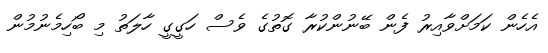
އެހެން ކަމަށްވާއިރު ފެން ބޭނުންކުރާ ގޮތުގެ ވެސް ހަގީގީ ހާލަތު މި ބޯހިމެނުމުން